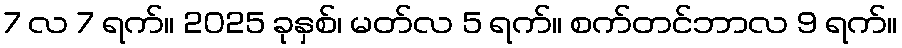
7 လ 7 ရက်။ 2025 ခုနှစ်၊ မတ်လ 5 ရက်။ စက်တင်ဘာလ 9 ရက်။